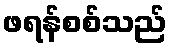
ဖရန်စစ်သည်